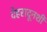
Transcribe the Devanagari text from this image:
देहरादूनशी